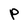
Character: P